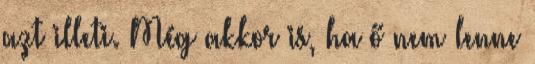
azt illeti. Még akkor is, ha ő nem lenne